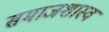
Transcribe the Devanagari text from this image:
समाजशास्व